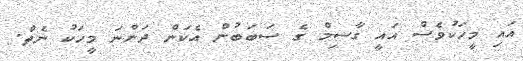
އައި މީހަކުވެސް އައީ ގާސިމް ގެ ސަބަބުން އެކަން ދަންނަ މީހަކު ނެތް.